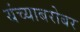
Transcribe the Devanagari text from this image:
यंच्याबरोबर